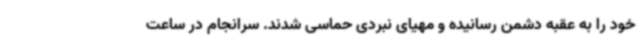
خود را به عقبه دشمن رسانیده و مهیای نبردی حماسی شدند. سرانجام در ساعت